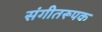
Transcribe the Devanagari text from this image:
संगीतरूपक